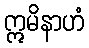
ဣမိနာဟံ